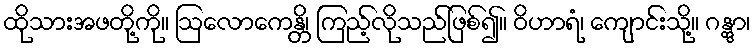
ထိုသားအဖတို့ကို။ ဩလောကေန္တိ၊ ကြည့်လိုသည်ဖြစ်၍။ ဝိဟာရံ၊ ကျောင်းသို့။ ဂန္တွာ၊